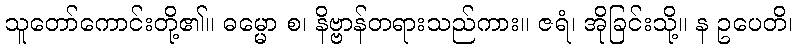
သူတော်ကောင်းတို့၏။ ဓမ္မော စ၊ နိဗ္ဗာန်တရားသည်ကား။ ဇရံ၊ အိုခြင်းသို့။ န ဥပေတိ၊